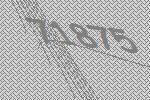
71875